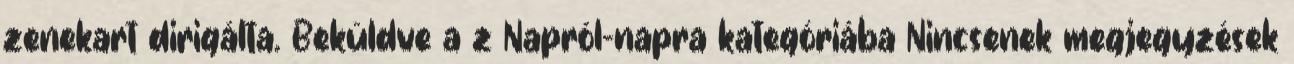
zenekart dirigálta. Beküldve a z Napról-napra kategóriába Nincsenek megjegyzések